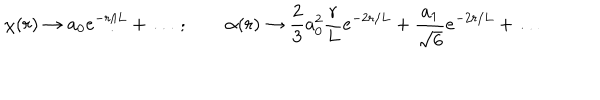
\chi ( r ) \to a _ { 0 } e ^ { - r / L } + \ldots \ ; \qquad \alpha ( r ) \to { \frac { 2 } { 3 } } a _ { 0 } ^ { 2 } { \frac { r } { L } } e ^ { - 2 r / L } + { \frac { a _ { 1 } } { \sqrt { 6 } } } e ^ { - 2 r / L } + \ldots